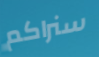
سنراكم